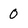
Character: 0